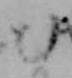
む